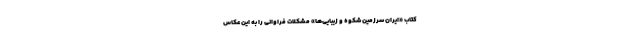
کتاب «ایران سرزمین شکوه و زیبایی‌ها» مشکلات فراوانی را به این عکاس